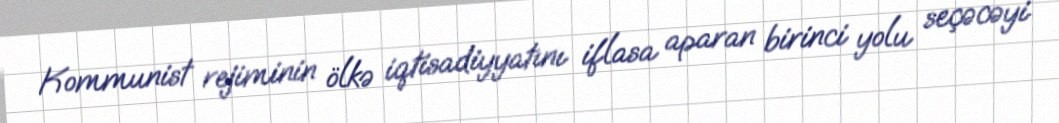
Kommunist rejiminin ölkə iqtisadiyyatını iflasa aparan birinci yolu seçəcəyi